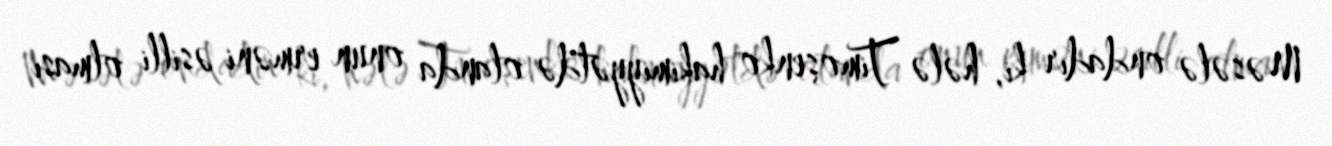
Məsələ ondadır ki, hələ Timoşenko hakimiyyətdə olanda onun erməni əsilli olması